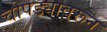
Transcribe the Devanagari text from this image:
चोपड्यावरून